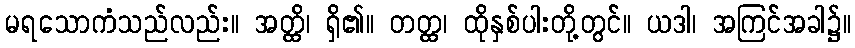
မရသောကံသည်လည်း။ အတ္ထိ၊ ရှိ၏။ တတ္ထ၊ ထိုနှစ်ပါးတို့တွင်။ ယဒါ၊ အကြင်အခါ၌။